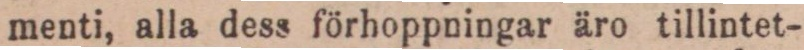
menti, alla dess förhoppningar äro tillintet-